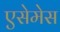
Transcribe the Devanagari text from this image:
एसेमेस